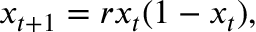
x _ { t + 1 } = r x _ { t } ( 1 - x _ { t } ) ,